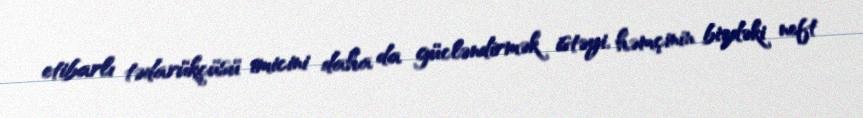
etibarlı tədarükçüsü imicini daha da gücləndirmək istəyi, həmçinin bizdəki neft